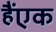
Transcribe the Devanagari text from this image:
हैंएक